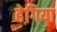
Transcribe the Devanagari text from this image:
हेगिया